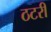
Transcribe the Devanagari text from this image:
ठटरी